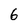
Character: 6